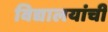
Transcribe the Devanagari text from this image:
विद्यालयांची